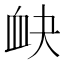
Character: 𧖫